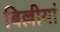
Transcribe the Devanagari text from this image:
बिल्लीयां